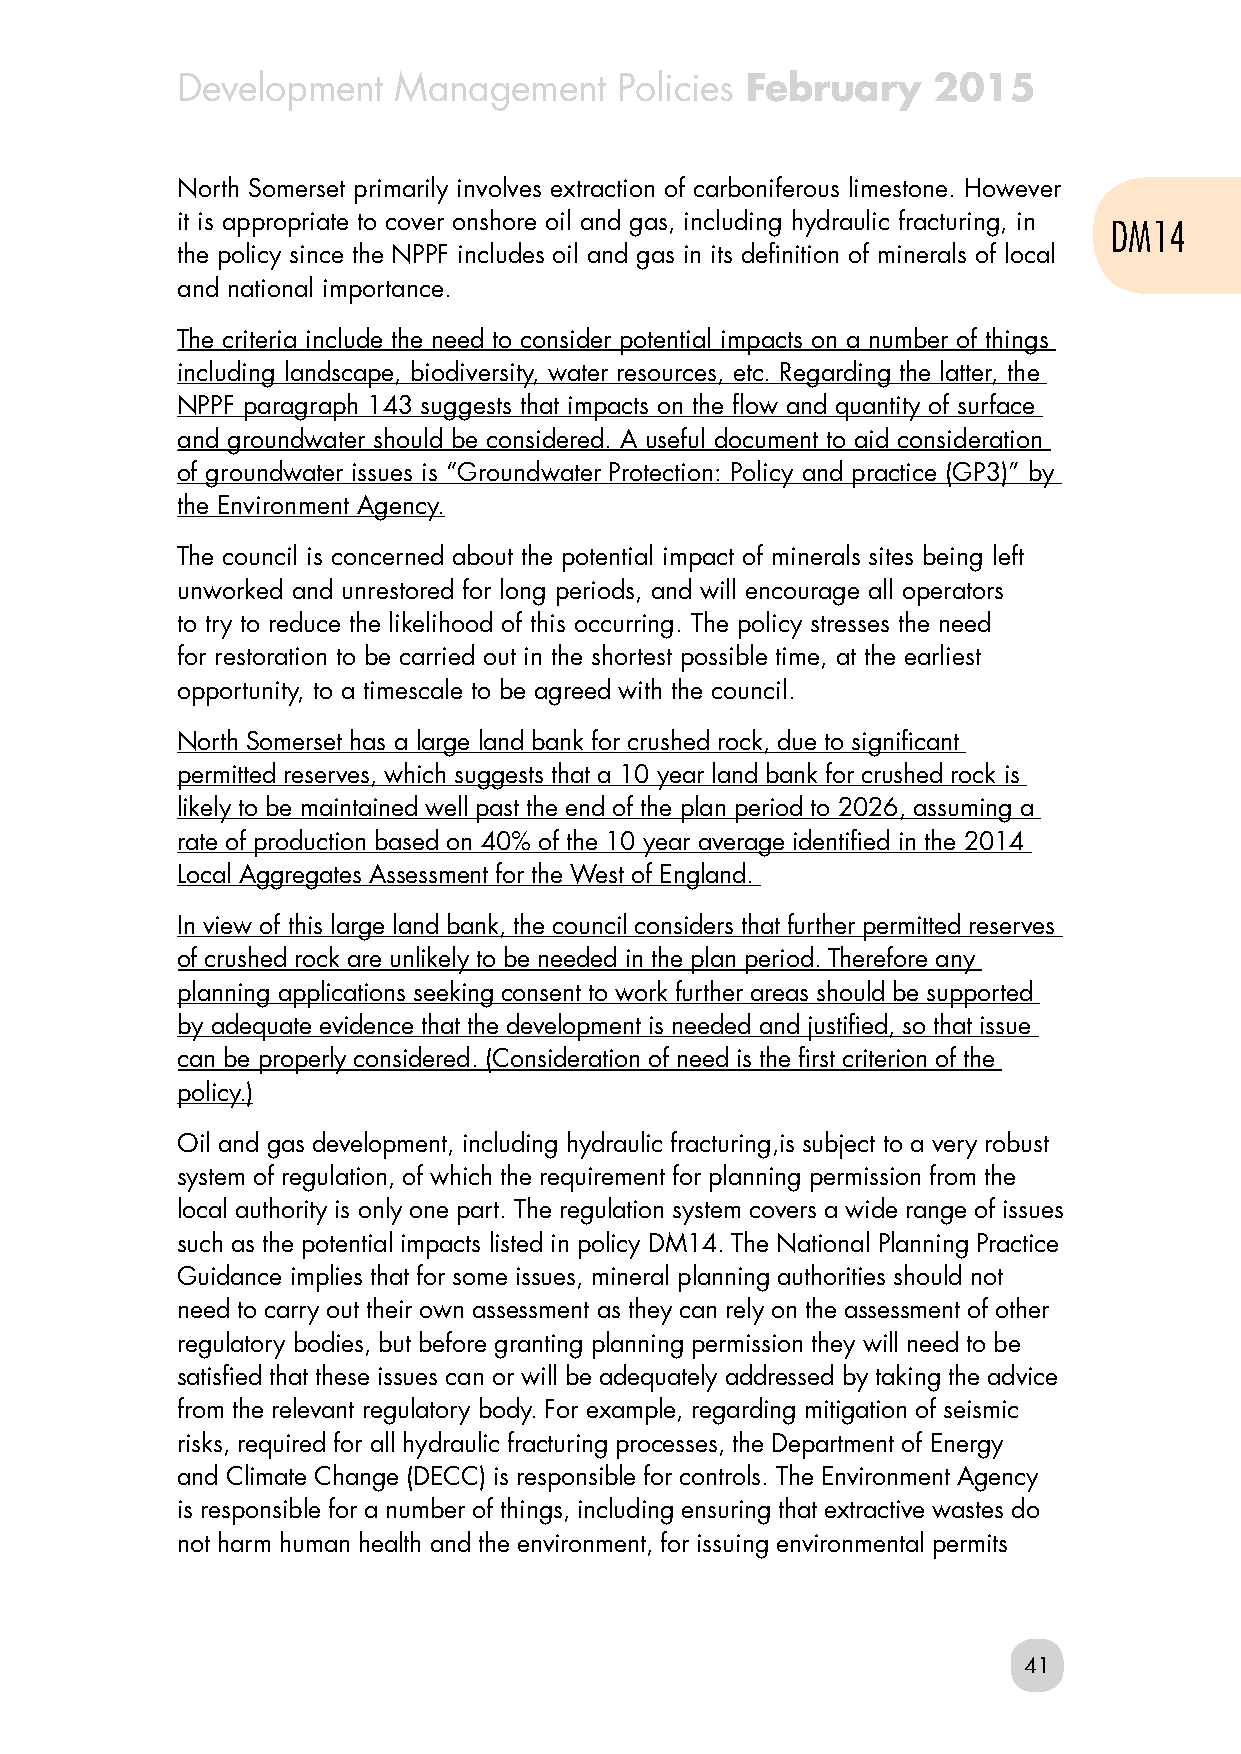
Development   Management     Policies February    2015
 North Somerset primarily involves extraction of carboniferous limestone. However
 it is appropriate to cover onshore oil and gas, including hydraulic fracturing, in
 DM14
 the policy since the NPPF includes oil and gas in its definition of minerals of local
 and national importance.
 The criteria include the need to consider potential impacts on a number of things
 including landscape, biodiversity, water resources, etc. Regarding the latter, the
 NPPF paragraph 143 suggests that impacts on the flow and quantity of surface
 and groundwater should be considered. A useful document to aid consideration
 of groundwater issues is “Groundwater Protection: Policy and practice (GP3)” by
 the Environment Agency.
 The council is concerned about the potential impact of minerals sites being left
 unworked and unrestored for long periods, and will encourage all operators
 to try to reduce the likelihood of this occurring. The policy stresses the need
 for restoration to be carried out in the shortest possible time, at the earliest
 opportunity, to a timescale to be agreed with the council.
 North Somerset has a large land bank for crushed rock, due to significant
 permitted reserves, which suggests that a 10 year land bank for crushed rock is
 likely to be maintained well past the end of the plan period to 2026, assuming a
 rate of production based on 40% of the 10 year average identified in the 2014
 Local Aggregates Assessment for the West of England.
 In view of this large land bank, the council considers that further permitted reserves
 of crushed rock are unlikely to be needed in the plan period. Therefore any
 planning applications seeking consent to work further areas should be supported
 by adequate evidence that the development is needed and justified, so that issue
 can be properly considered. (Consideration of need is the first criterion of the
 policy.)
 Oil and gas development, including hydraulic fracturing,is subject to a very robust
 system of regulation, of which the requirement for planning permission from the
 local authority is only one part. The regulation system covers a wide range of issues
 such as the potential impacts listed in policy DM14. The National Planning Practice
 Guidance implies that for some issues, mineral planning authorities should not
 need to carry out their own assessment as they can rely on the assessment of other
 regulatory bodies, but before granting planning permission they will need to be
 satisfied that these issues can or will be adequately addressed by taking the advice
 from the relevant regulatory body. For example, regarding mitigation of seismic
 risks, required for all hydraulic fracturing processes, the Department of Energy
 and Climate Change (DECC) is responsible for controls. The Environment Agency
 is responsible for a number of things, including ensuring that extractive wastes do
 not harm human health and the environment, for issuing environmental permits
 41